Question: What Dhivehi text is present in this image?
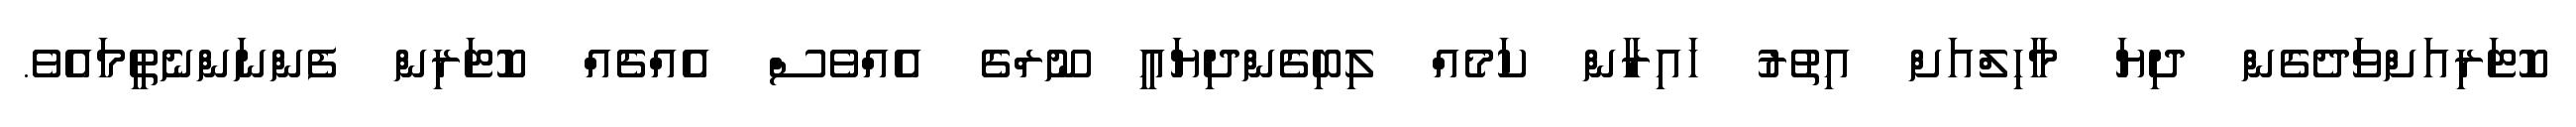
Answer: ކޮޓަރިއަށްވަދެގެން ދިޔަ މާހިލްއަށް އިތުރު ހައިރާން ކަމެއް ލިބިގެންދިޔައީ ނޫރްގެ އެއްވެސް އެއްޗެއް ކޮޓަރިން ފެންނަންނެތީމައެވެ.